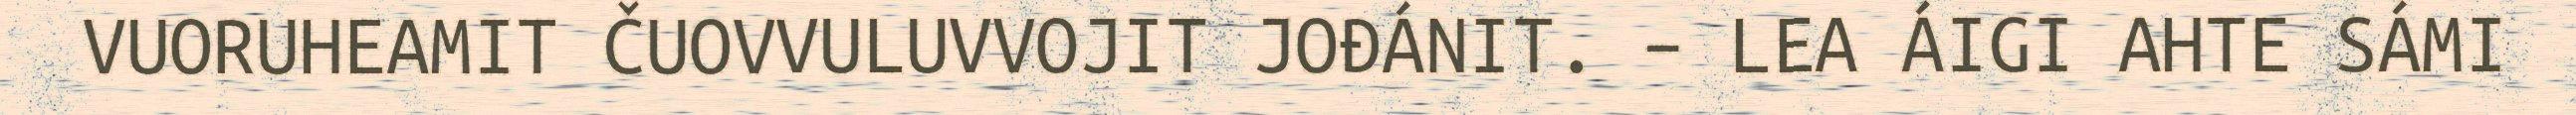
VUORUHEAMIT ČUOVVULUVVOJIT JOĐÁNIT. – LEA ÁIGI AHTE SÁMI